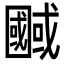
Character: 𭍷